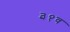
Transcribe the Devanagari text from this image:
३१व